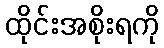
ထိုင်းအစိုးရကို